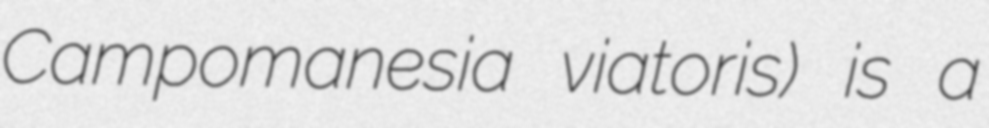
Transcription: Campomanesia viatoris) is a